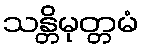
သန္တိမုတ္တမံ